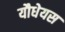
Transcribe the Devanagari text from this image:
यौधेयस